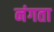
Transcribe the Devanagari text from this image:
नंगता